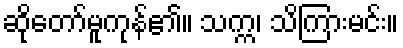
ဆိုတော်မူကုန်၏။ သက္က၊ သိကြားမင်း။